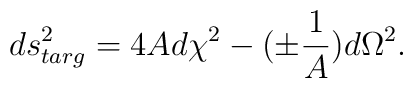
ds^{2}_{targ}=4A d\chi^{2} -( \pm {1 \over A}) d \Omega^{2}.